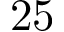
2 5